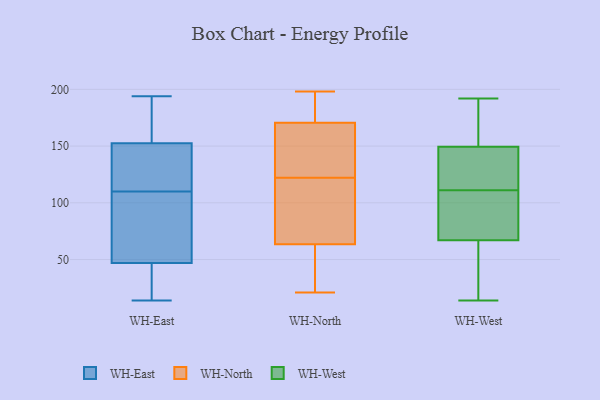
{"axis": {"x": "Backlog", "y": "Value"}, "legend": ["WH-East", "WH-North", "WH-West"], "data": [{"x": "", "y": 36, "type": "WH-East"}, {"x": "", "y": 23, "type": "WH-East"}, {"x": "", "y": 78, "type": "WH-East"}, {"x": "", "y": 111, "type": "WH-East"}, {"x": "", "y": 194, "type": "WH-East"}, {"x": "", "y": 146, "type": "WH-East"}, {"x": "", "y": 153, "type": "WH-East"}, {"x": "", "y": 188, "type": "WH-East"}, {"x": "", "y": 48, "type": "WH-East"}, {"x": "", "y": 128, "type": "WH-East"}, {"x": "", "y": 109, "type": "WH-East"}, {"x": "", "y": 152, "type": "WH-East"}, {"x": "", "y": 46, "type": "WH-East"}, {"x": "", "y": 76, "type": "WH-East"}, {"x": "", "y": 96, "type": "WH-East"}, {"x": "", "y": 151, "type": "WH-East"}, {"x": "", "y": 42, "type": "WH-East"}, {"x": "", "y": 166, "type": "WH-East"}, {"x": "", "y": 156, "type": "WH-East"}, {"x": "", "y": 14, "type": "WH-East"}, {"x": "", "y": 57, "type": "WH-North"}, {"x": "", "y": 32, "type": "WH-North"}, {"x": "", "y": 166, "type": "WH-North"}, {"x": "", "y": 21, "type": "WH-North"}, {"x": "", "y": 65, "type": "WH-North"}, {"x": "", "y": 196, "type": "WH-North"}, {"x": "", "y": 160, "type": "WH-North"}, {"x": "", "y": 195, "type": "WH-North"}, {"x": "", "y": 100, "type": "WH-North"}, {"x": "", "y": 122, "type": "WH-North"}, {"x": "", "y": 198, "type": "WH-North"}, {"x": "", "y": 129, "type": "WH-North"}, {"x": "", "y": 78, "type": "WH-North"}, {"x": "", "y": 151, "type": "WH-North"}, {"x": "", "y": 184, "type": "WH-North"}, {"x": "", "y": 59, "type": "WH-North"}, {"x": "", "y": 65, "type": "WH-North"}, {"x": "", "y": 145, "type": "WH-West"}, {"x": "", "y": 14, "type": "WH-West"}, {"x": "", "y": 167, "type": "WH-West"}, {"x": "", "y": 102, "type": "WH-West"}, {"x": "", "y": 37, "type": "WH-West"}, {"x": "", "y": 48, "type": "WH-West"}, {"x": "", "y": 121, "type": "WH-West"}, {"x": "", "y": 109, "type": "WH-West"}, {"x": "", "y": 85, "type": "WH-West"}, {"x": "", "y": 166, "type": "WH-West"}, {"x": "", "y": 61, "type": "WH-West"}, {"x": "", "y": 111, "type": "WH-West"}, {"x": "", "y": 135, "type": "WH-West"}, {"x": "", "y": 151, "type": "WH-West"}, {"x": "", "y": 192, "type": "WH-West"}]}